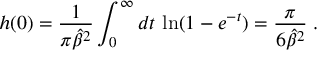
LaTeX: h ( 0 ) = { \frac { 1 } { \pi { \hat { \beta } } ^ { 2 } } } \int _ { 0 } ^ { \infty } d t \, \ln ( 1 - e ^ { - t } ) = \frac { \pi } { 6 { \hat { \beta } } ^ { 2 } } \; .